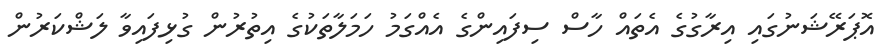
އޮޕަރޭޝަނުގައި އިރާގުގެ އެތައް ހާސް ސިފައިންގެ އެއްގަމު ހަމަލާތަކުގެ އިތުރުން ގުޅިފައިވާ ލަޝްކަރުން